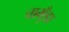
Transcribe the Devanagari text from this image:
चामुँडा